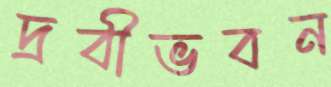
দ্রবীভবন